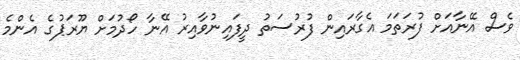
ވެސް އޭނާއަށް ފުރަތަމަ އެގާރައިން ފުރުސަތު ދީފައިނުވާއިރު އޭނާ ހޯދުމަށް ޔޫރަޕުގެ އެންމެ